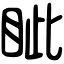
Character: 眦